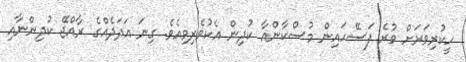
ހީކުރިވަރަށް ވުރެ ފަސޭހައިން މުސްކާންއާ ކުދިން އެކުވެރިވިއެވެ. ގިނަ އަދަދެއްގެ ރާއްޖޭ ކުދިންނާއި